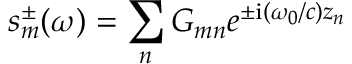
s _ { m } ^ { \pm } ( \omega ) = \sum _ { n } G _ { m n } e ^ { { \pm } \mathrm { i } ( \omega _ { 0 } / c ) z _ { n } }